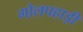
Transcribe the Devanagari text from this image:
गोलपहाड़ी